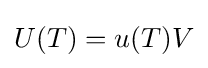
{\textstyle U(T)=u(T)V}